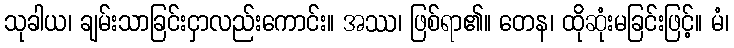
သုခါယ၊ ချမ်းသာခြင်းငှာလည်းကောင်း။ အဿ၊ ဖြစ်ရာ၏။ တေန၊ ထိုဆုံးမခြင်းဖြင့်။ မံ၊